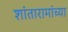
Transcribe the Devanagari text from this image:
शांतारामांच्या